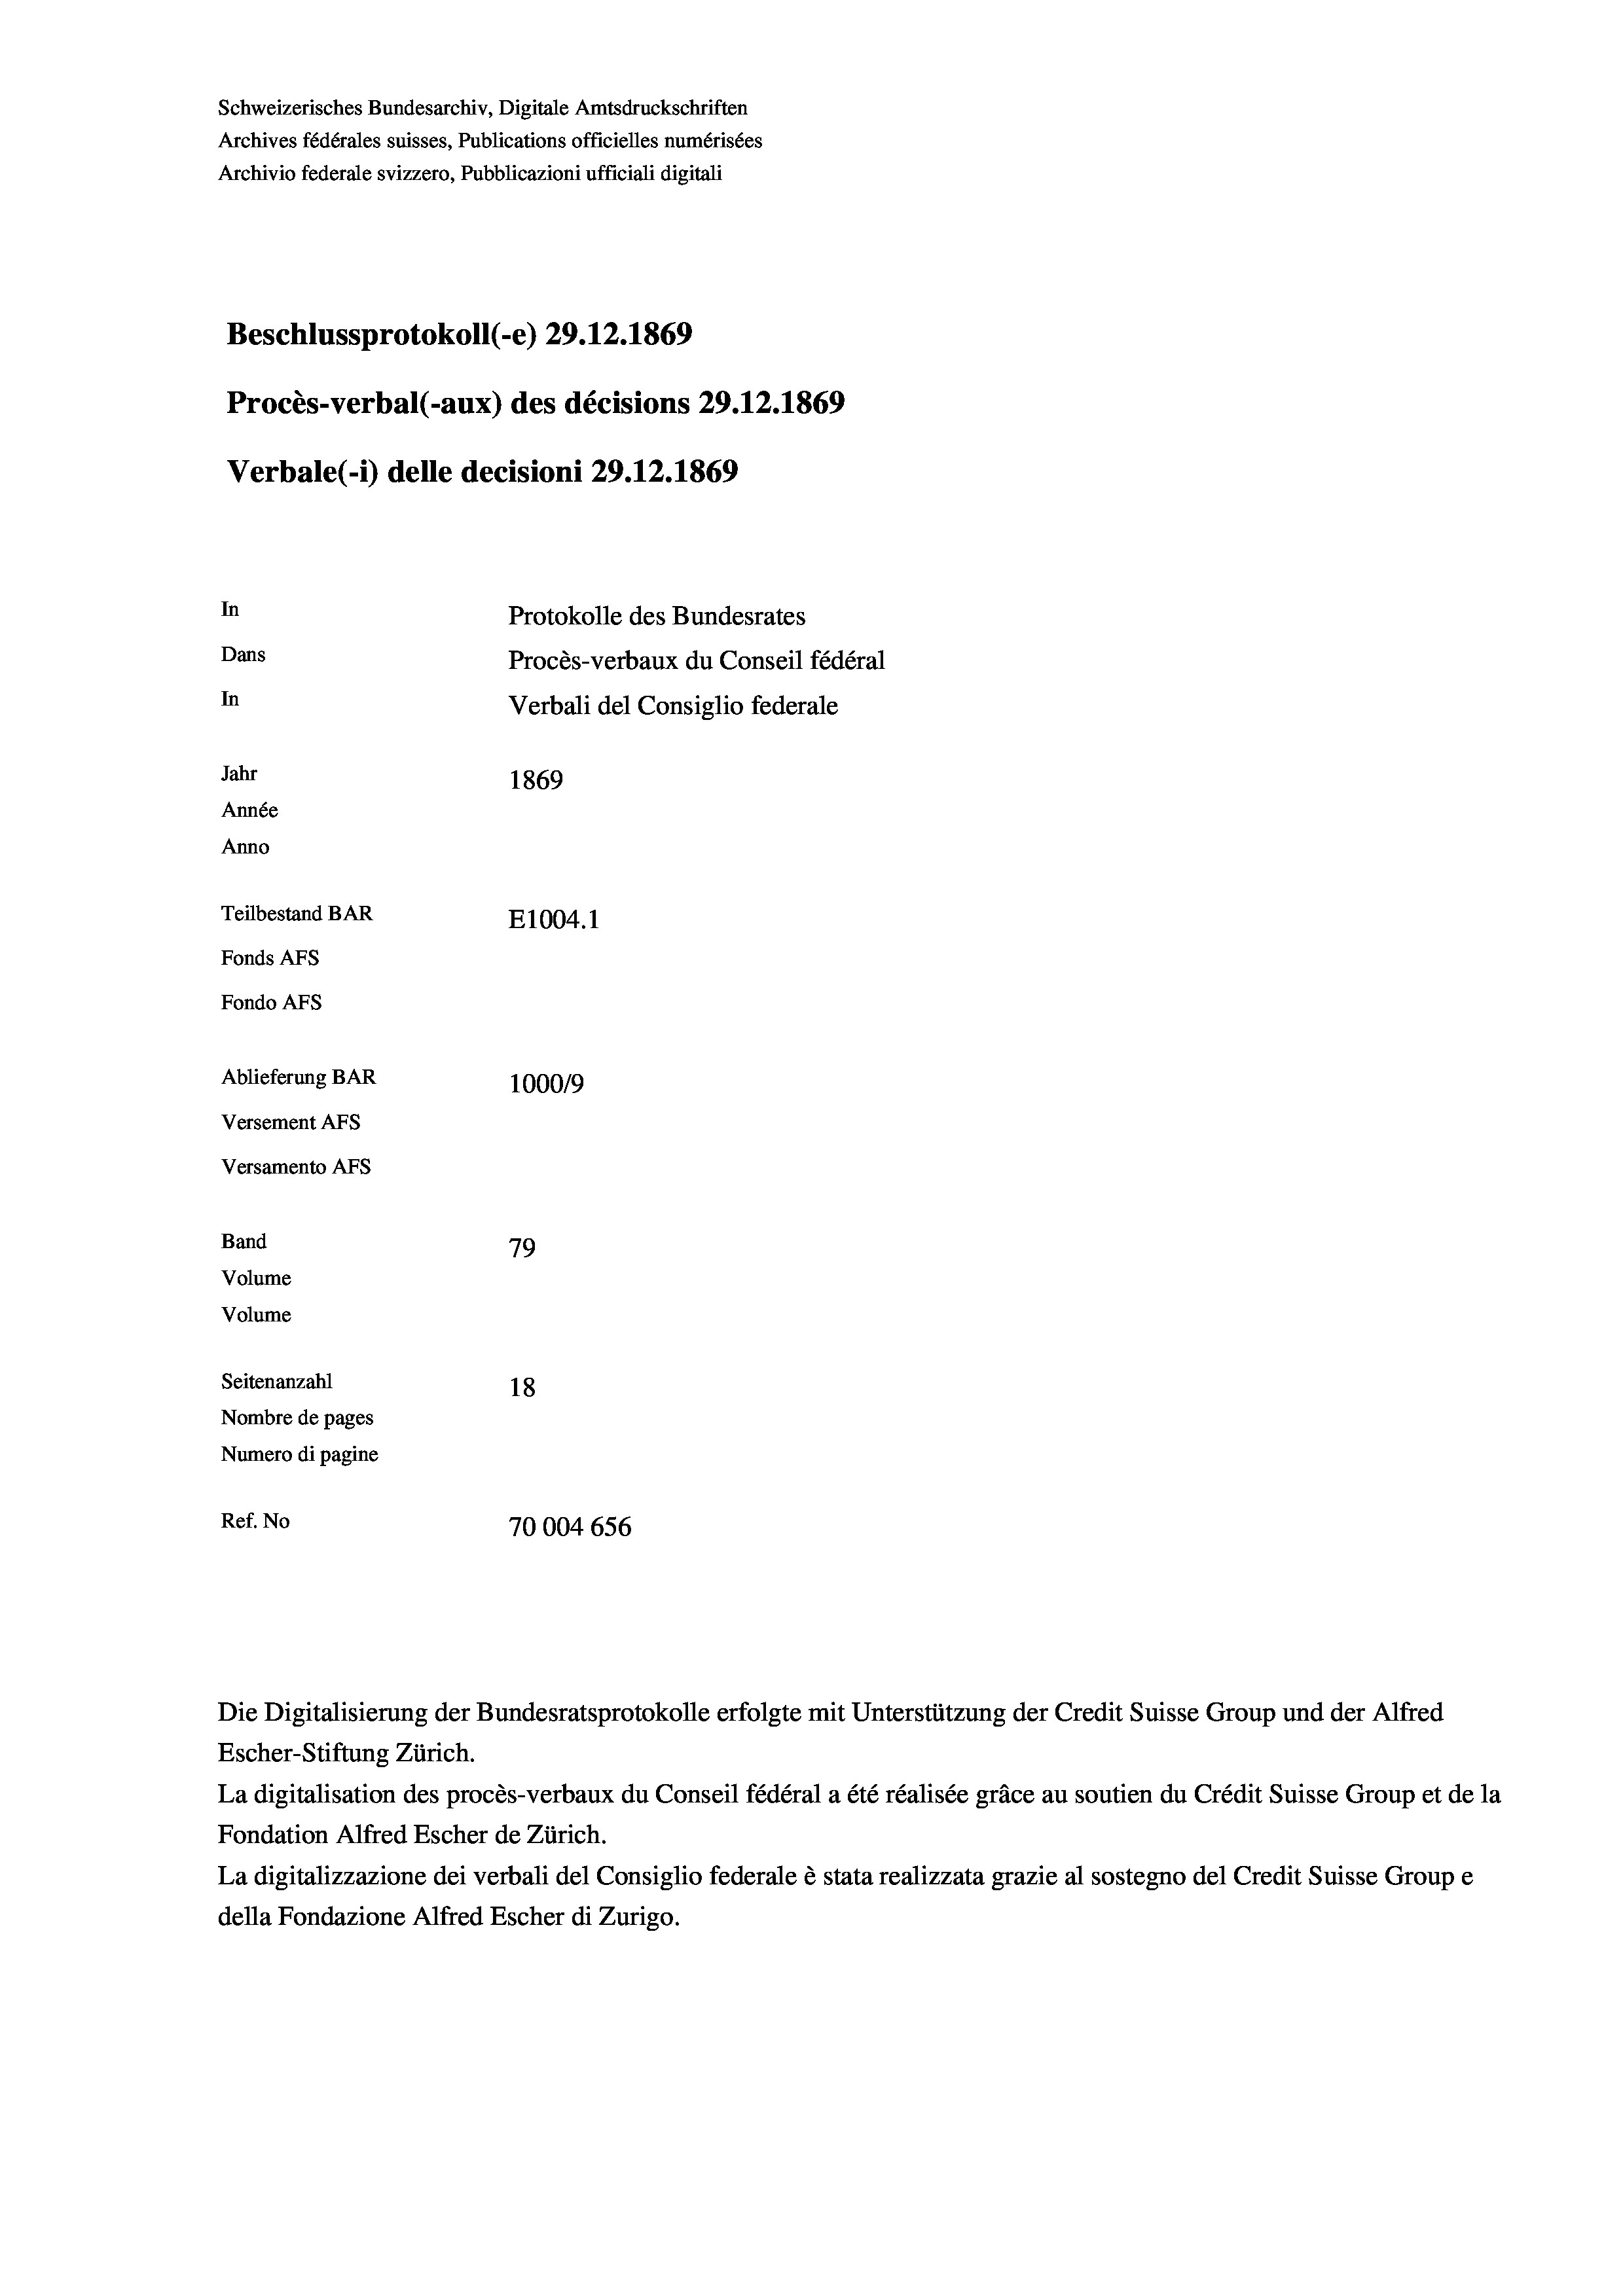
Schweizerisches Bundesarchiv, Digitale Amtsdruckschriften
Archives fédérales suisses, Publications officielles numérisées
Archivio federale svizzero, Pubblicazioni ufficiali digitali
Beschlussprotokoll (-e) 29. 12. 1869
Procès-verbal (-aux) des décisions 29.12.1869
Verbale (1) delle decisioni 29.12.1869
In
Protokolle des Bundesrates
Dans
Procès-verbaux du Conseil fédéral
In
Verbali del Consiglio federale
Jahr
1869
Année
Anno
Teilbestand BAR
E1004. 1
Fonds Afs
Fondo Afs
Ablieferung BAR
1000/9
Versement Abs
Versamento Afs
Band
79
Volume
Volume

Seitenanzahl
18
Nombre de pages
Numero di pagine
Ref. No
70004656

Escher-Stiftung Zürich.
La digitalisation des procès-verbaux du Conseil fédéral a été réalisée gräce au soutien du Crédit Suisse Group et de la
Fondation Alfred Escher de Zürich.
La digitalizzazione dei verbali del Consiglio federale è stata realizzata grazie al sostegno del Credit Suisse Groupe
della Fondazione Alfred Escher di Zurigo.

Die Digitalisierung der Bundesratsprotokolle erfolgte mit Unterstützung der Credit Suisse Group und der Alfred